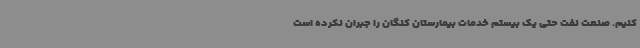
کنیم. صنعت نفت حتی یک بیستم خدمات بیمارستان کنگان را جبران نکرده است